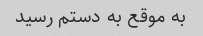
به موقع به دستم رسید